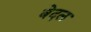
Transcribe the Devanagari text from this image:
बेदल